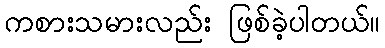
ကစားသမားလည်း ဖြစ်ခဲ့ပါတယ်။